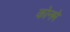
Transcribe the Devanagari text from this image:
कोनमे